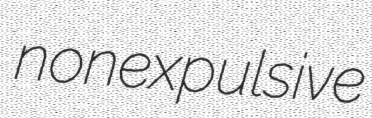
nonexpulsive